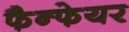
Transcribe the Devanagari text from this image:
फैन्फेयर